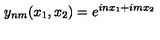
y _ { n m } ( x _ { 1 } , x _ { 2 } ) = e ^ { i n x _ { 1 } + i m x _ { 2 } }